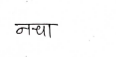
मजकूर: नचा